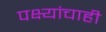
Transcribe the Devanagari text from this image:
पक्ष्यांचाही